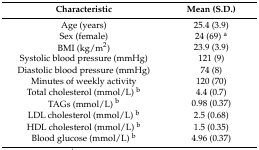
<table><thead><tr><td><b>Characteristic</b></td><td><b>Mean (S.D.)</b></td></tr></thead><tbody><tr><td>Age (years)</td><td>25.4 (3.9)</td></tr><tr><td>Sex (female)</td><td>24 (69) <sup>a</sup></td></tr><tr><td>BMI (kg/m<sup>2</sup>)</td><td>23.9 (3.9)</td></tr><tr><td>Systolic blood pressure (mmHg)</td><td>121 (9)</td></tr><tr><td>Diastolic blood pressure (mmHg)</td><td>74 (8)</td></tr><tr><td>Minutes of weekly activity</td><td>120 (70)</td></tr><tr><td>Total cholesterol (mmol/L) <sup>b</sup></td><td>4.4 (0.7)</td></tr><tr><td>TAGs (mmol/L) <sup>b</sup></td><td>0.98 (0.37)</td></tr><tr><td>LDL cholesterol (mmol/L) <sup>b</sup></td><td>2.5 (0.68)</td></tr><tr><td>HDL cholesterol (mmol/L) <sup>b</sup></td><td>1.5 (0.35)</td></tr><tr><td>Blood glucose (mmol/L) <sup>b</sup></td><td>4.96 (0.37)</td></tr></tbody></table>